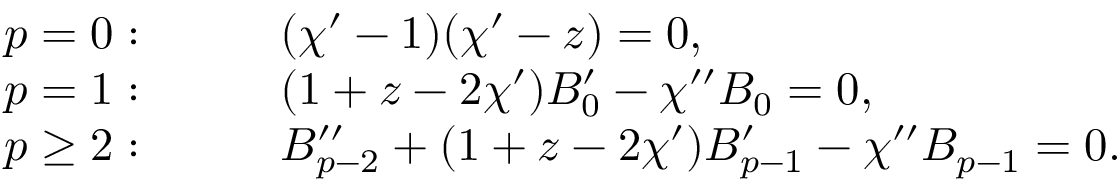
\begin{array} { r l } { p = 0 : } & { \qquad ( \chi ^ { \prime } - 1 ) ( \chi ^ { \prime } - z ) = 0 , } \\ { p = 1 : } & { \qquad ( 1 + z - 2 \chi ^ { \prime } ) B _ { 0 } ^ { \prime } - \chi ^ { \prime \prime } B _ { 0 } = 0 , } \\ { p \geq 2 : } & { \qquad B _ { p - 2 } ^ { \prime \prime } + ( 1 + z - 2 \chi ^ { \prime } ) B _ { p - 1 } ^ { \prime } - \chi ^ { \prime \prime } B _ { p - 1 } = 0 . } \end{array}